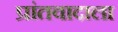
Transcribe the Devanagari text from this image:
प्रांतवादाला